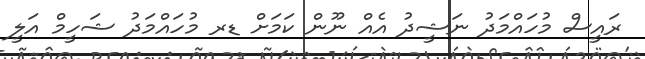
ރައީސް މުހައްމަދު ނަޝީދު އެއް ނޫން ކަމަށް ޑރ މުހައްމަދު ޝަހީމް އަލީ